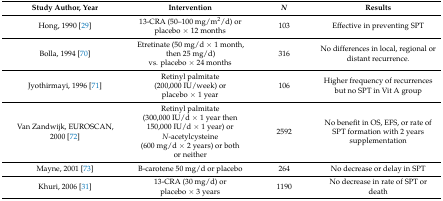
| Study Author, Year | Intervention | N | Results |
 | --- | --- | --- | --- |
 | Hong, 1990 [29] | 13-CRA (50–100 mg/m2/d) or placebo × 12 months | 103 | Effective in preventing SPT |
 | Bolla, 1994 [70] | Etretinate (50 mg/d × 1 month, then 25 mg/d) vs. placebo × 24 months | 316 | No differences in local, regional or distant recurrence. |
 | Jyothirmayi, 1996 [71] | Retinyl palmitate (200,000 IU/week) or placebo × 1 year | 106 | Higher frequency of recurrences but no SPT in Vit A group |
 | Van Zandwijk, EUROSCAN, 2000 [72] | Retinyl palmitate (300,000 IU/d × 1 year then 150,000 IU/d × 1 year) or N-acetylcysteine (600 mg/d × 2 years) or both or neither | 2592 | No benefit in OS, EFS, or rate of SPT formation with 2 years supplementation |
 | Mayne, 2001 [73] | Β-carotene 50 mg/d or placebo | 264 | No decrease or delay in SPT |
 | Khuri, 2006 [31] | 13-CRA (30 mg/d) or placebo × 3 years | 1190 | No decrease in rate of SPT or death |